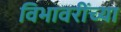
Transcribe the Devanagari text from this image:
विभावरींच्या